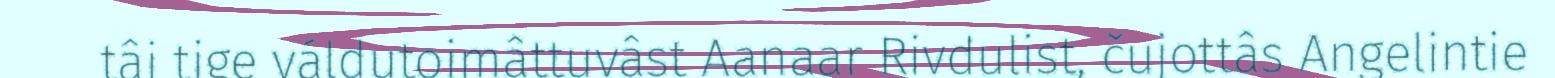
tâi tige váldutoimâttuvâst Aanaar Rivdulist, čujottâs Angelintie